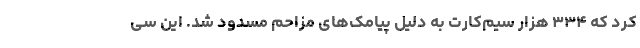
کرد که ۳۳۴ هزار سیم‌کارت به دلیل پیامک‌های مزاحم مسدود شد. این سی